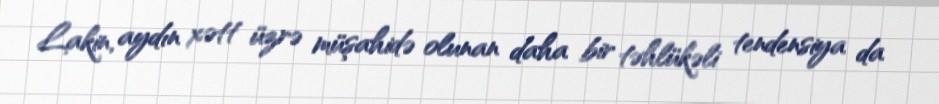
Lakin, aydın xətt üzrə müşahidə olunan daha bir təhlükəli tendensiya da